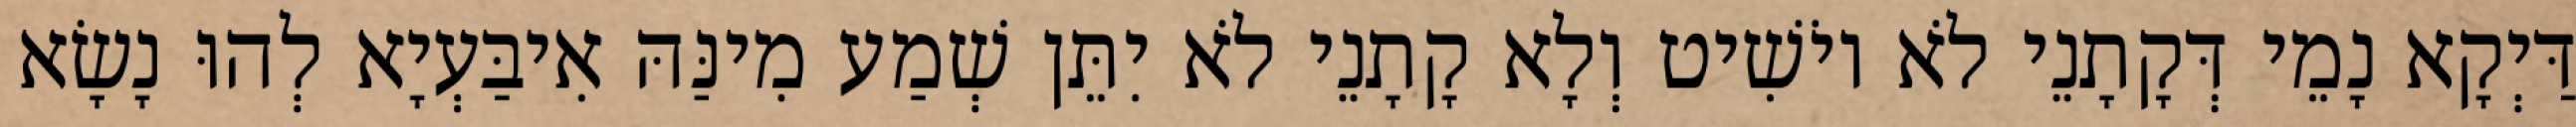
דַּיְקָא נָמֵי דְּקָתָנֵי לֹא יוֹשִׁיט וְלָא קָתָנֵי לֹא יִתֵּן שְׁמַע מִינַּהּ אִיבַּעְיָא לְהוּ נָשָׂא